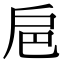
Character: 𢨴